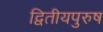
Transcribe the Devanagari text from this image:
द्वितीयपुरुष